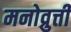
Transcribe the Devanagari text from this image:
मनोव्रुत्ती